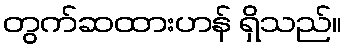
တွက်ဆထားဟန် ရှိသည်။